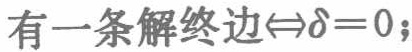
有一条解终边$\Leftrightarrow\delta = 0$;